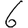
Digit: 6